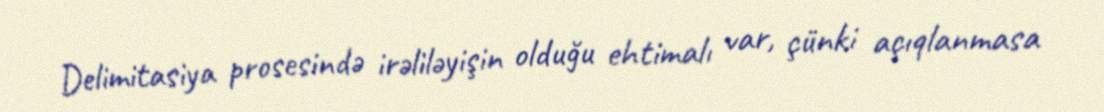
Delimitasiya prosesində irəliləyişin olduğu ehtimalı var, çünki açıqlanmasa